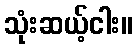
သုံးဆယ့်ငါး။